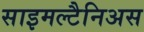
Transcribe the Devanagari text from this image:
साइमल्टैनिअस